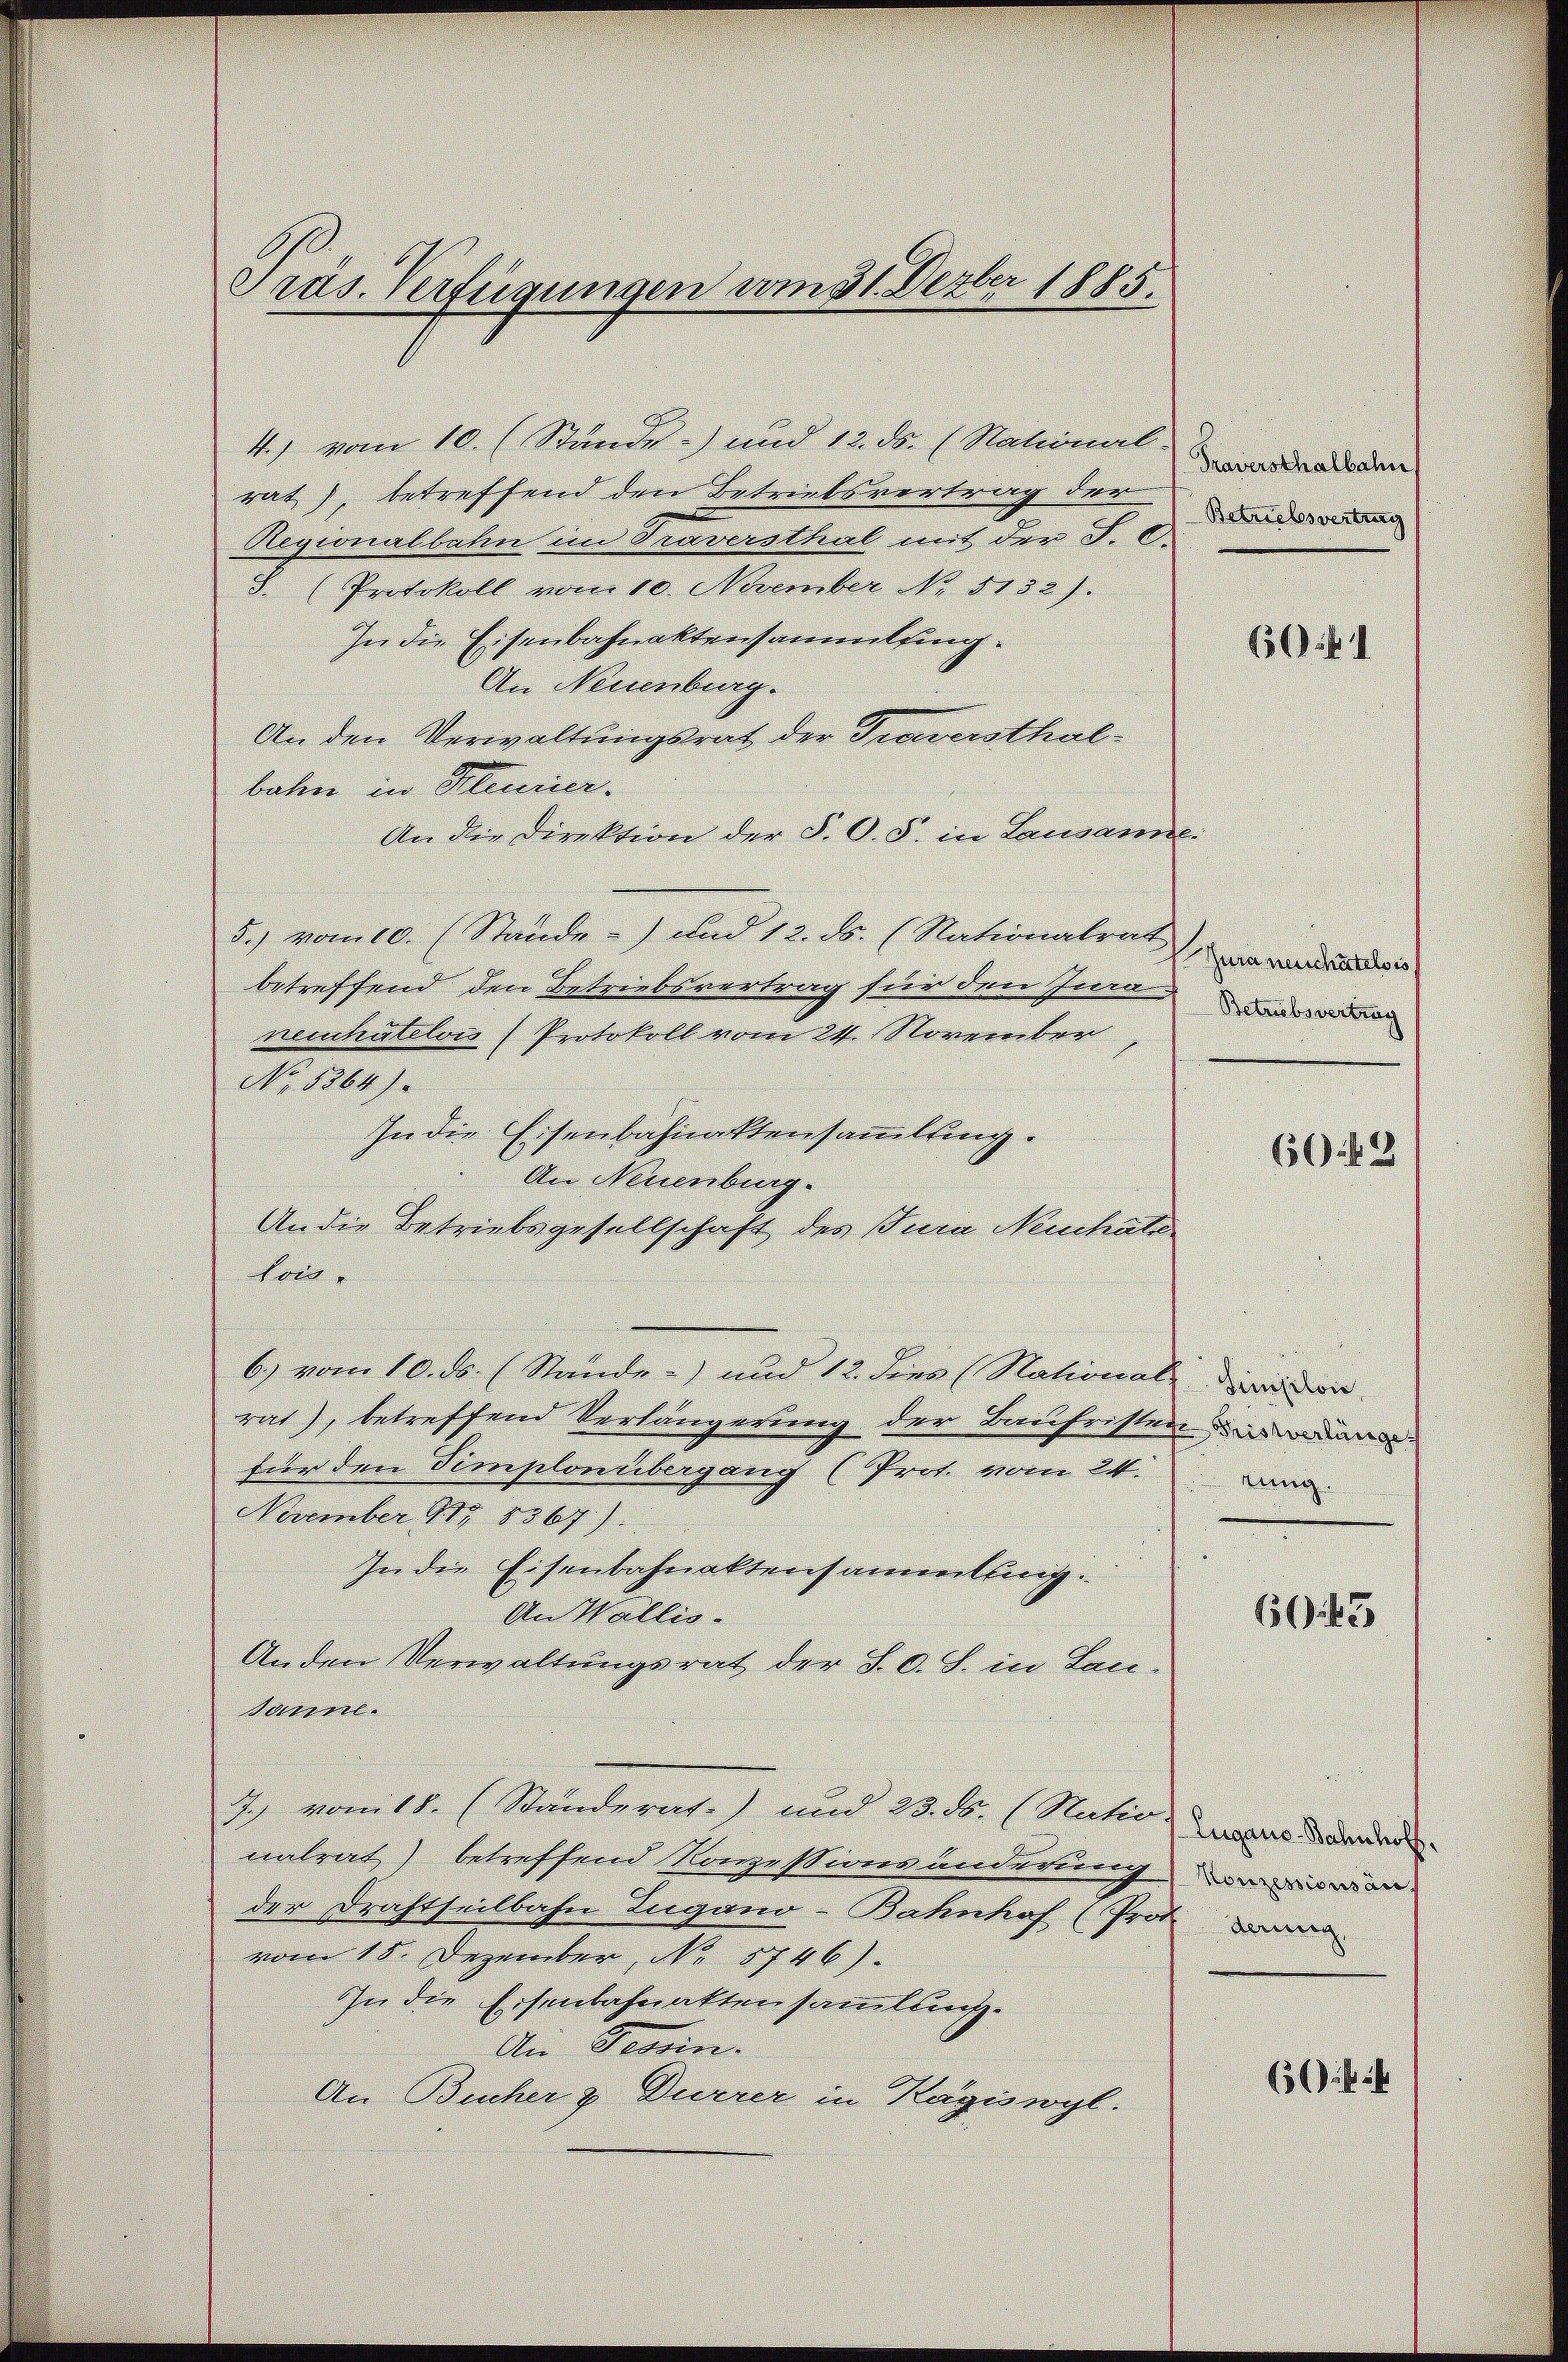
Präs. Verfügungen vom 31. Dezbr 1885.

4.) vom 10. (Stände) und 12. ds. (National-
rat), betreffend den Betriebsvertrag der
Regionalbahn im Traversthat mit der S. E
3. (Protokoll vom 10. November No. 5132).
In die Eisenbahnaktensammlung.
An Neuenburg.
An den Verwaltungsrat der Traversthalbahn in Kleurier.
An die Direktion der P. O. S. in Lausanne.
5.) vom 10. (Stande) und 12. ds. (Nationalrat
betreffend den Betriebsvertrag für den Ina
neuchâtelon (Protokoll vom 24. November
No 8864).
In die Eisenbahnaktensammlung.
An Neuenburg.
An die Betriebsgesellschaft des Inia Nenchale
kon
6.) vom 10. ds. (Stände) und 12. dies (Stational-
rat), betreffend Verlängerung der Baufristen dan
für den Simplonübergang (Prot. vom 24.
November No 1367).
In die Eisenbahnaktensammlung.
An Wallis.
Anden Verwaltungsrat der LO. S. in Lau¬
Damnl.
2) vom 11. (Standerat.) und 23. Fr. (Natio, das ander
natrat) betreffend Rogestimmenderungen
der Drahtheilbahn Lugano-Bahnhof (Pro. Lan
vom 18. Dezember, No. 5746).
In die Eisenbahnaktensammlung.
Die Gemein
An Bucher & Durrer in Kägiswyl.

Traversthalbahn
Betriebesvertrag

6041

Tura neuchatelois
Betrubsvertrag
6049

Sinjilon
tung.

656. 43

ich